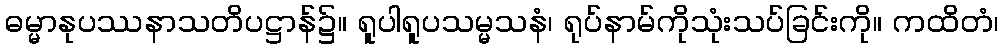
ဓမ္မာနုပဿနာသတိပဋ္ဌာန်၌။ ရူပါရူပသမ္မသနံ၊ ရုပ်နာမ်ကိုသုံးသပ်ခြင်းကို။ ကထိတံ၊